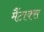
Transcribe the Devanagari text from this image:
मैंटाक्स